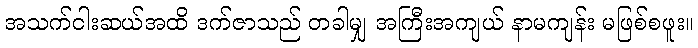
အသက်ငါးဆယ်အထိ ဒက်ဇာသည် တခါမျှ အကြီးအကျယ် နာမကျန်း မဖြစ်စဖူး။